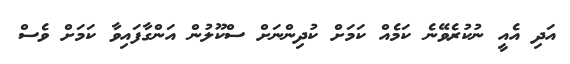
އަދި އެއީ ނުކުރެވޭނެ ކަމެއް ކަމަށް ކުދިންނަށް ސްކޫލުން އަންގާފައިވާ ކަމަށް ވެސް